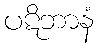
ပဋိဘာနံ